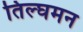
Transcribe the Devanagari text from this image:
तिल्घमन